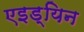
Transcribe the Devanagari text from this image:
एइड्यिन